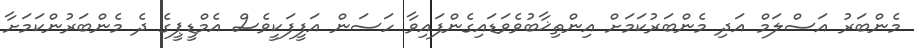
މެންބަރު އަސްލަމް އަދި މެންބަރުކަމަށް އިންތިޚާބުވެވަޑައިގެންފައިވާ ހަސަން އަފީފަކީވެސް އެމްޑީޕީގެ ދެ މެންބަރުންކަމަށާ